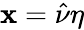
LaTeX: \mathbf{x}=\hat{{\nu}}\eta